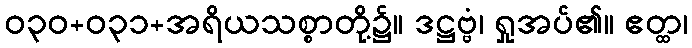
ဝ၃၀+၀၃၁+အရိယသစ္စာတို့၌။ ဒဋ္ဌဗ္ဗံ၊ ရှုအပ်၏။ ဧတ္ထ၊